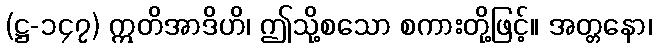
(ဋ္ဌ-၁၄၇) ဣတိအာဒိဟိ၊ ဤသို့စသော စကားတို့ဖြင့်။ အတ္တနော၊